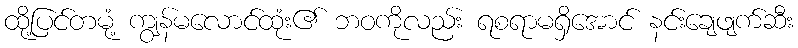
ထို့ပြင်တမုံ့ ကျွန်မလောင်ထုံး၏ ဘဝကိုလည်း ရစရာမရှိအောင် နင်းချေဖျက်ဆီး